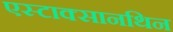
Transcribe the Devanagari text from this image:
एस्टाक्सानथिन